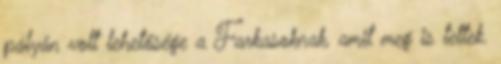
pályán volt lehetősége a Farkasoknak, amit meg is tettek.